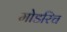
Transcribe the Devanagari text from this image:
मोडरिच